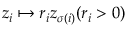
z _ { i } \mapsto r _ { i } z _ { \sigma ( i ) } ( r _ { i } > 0 )